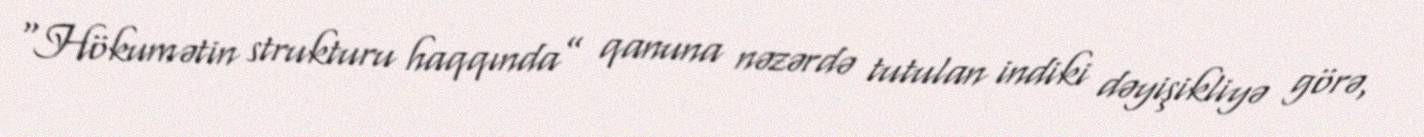
“Hökumətin strukturu haqqında” qanuna nəzərdə tutulan indiki dəyişikliyə görə,